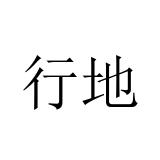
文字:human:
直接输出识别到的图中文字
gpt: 行地